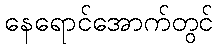
နေရောင်အောက်တွင်